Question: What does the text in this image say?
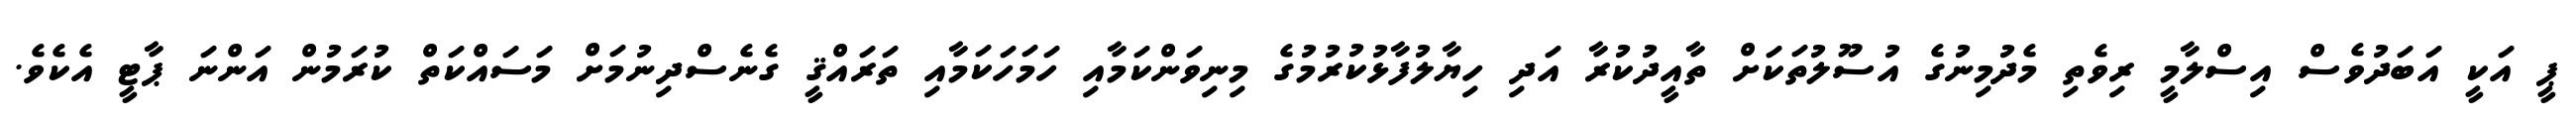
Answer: ޕީ އަކީ އަބަދުވެސް އިސްލާމީ ރިވެތި މެދުމިނުގެ އުސޫލުތަކަށް ތާއީދުކުރާ އަދި ހިޔާލުފާޅުކުރުމުގެ މިނިވަންކަމާއި ހަމަހަކަމާއި ތަރައްޤީ ގެނެސްދިނުމަށް މަސައްކަތް ކުރަމުން އަންނަ ޕާޓީ އެކެވެ.